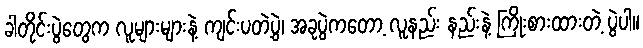
ခါတိုင်းပွဲတွေက လူများများနဲ့ ကျင်းပတဲ့ပွဲ၊ အခုပွဲကတော့ လူနည်း နည်းနဲ့ ကြိုးစားထားတဲ့ ပွဲပါ။